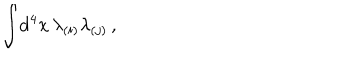
\int \! \mathrm { d } ^ { 4 } x \, \lambda _ { ( i ) } \lambda _ { ( j ) } \, ,